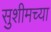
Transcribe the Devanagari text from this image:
सुशीमच्या